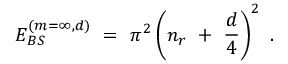
E _ { B S } ^ { ( m = \infty , d ) } \ = \ \pi ^ { 2 } \left( n _ { r } \ + \ \frac { d } { 4 } \right) ^ { 2 } \ .